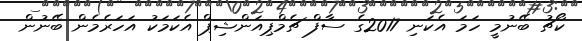
ކޯޗު ބޭނުމީ ހަމަ އެކަނި 2017ގެ ސާފް ޗެމްޕިއަންޝިޕް އެކަމަކު އަހަރެމެން ބޭނުން